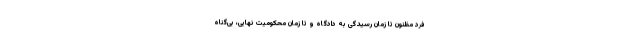
فرد مظنون تا زمان رسیدگی به دادگاه و تا زمان محکومیت نهایی، بی‌گناه